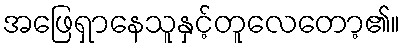
အဖြေရှာနေသူနှင့်တူလေတော့၏။